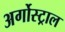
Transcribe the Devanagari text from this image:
अर्गोस्ट्राल